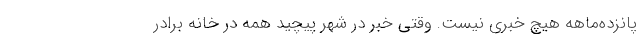
پانزده‌ماهه هیچ خبری نیست. وقتی خبر در شهر پیچید همه در خانه برادر